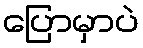
ပြောမှာပဲ